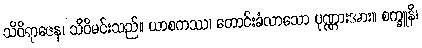
သိဝိရာဇေန၊ သိဝိမင်းသည်။ ယာစကဿ၊ တောင်းခံလာသော ပုဏ္ဏားအား။ စက္ခူနိ၊